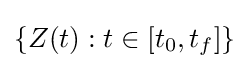
\{Z(t):t\in [t_{0},t_{f}]\}